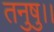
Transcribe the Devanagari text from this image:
तनुषु।।